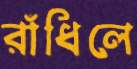
রাঁধিলে